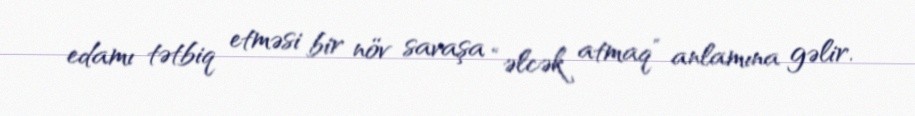
edamı tətbiq etməsi bir növ savaşa “əlcək atmaq” anlamına gəlir.